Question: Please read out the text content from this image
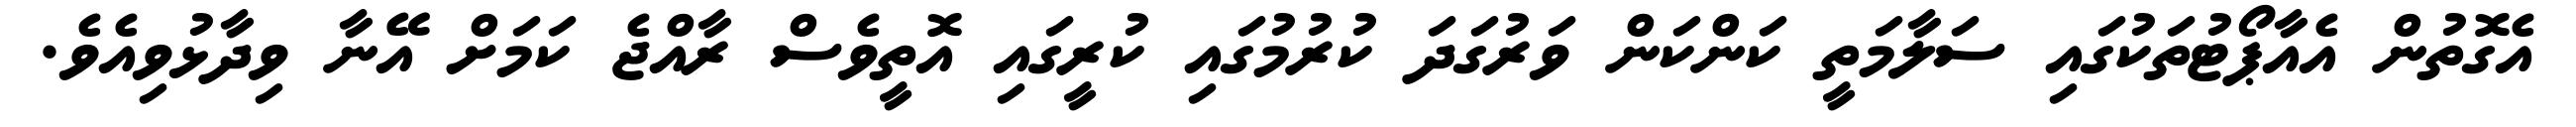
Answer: އެގޮތުން އެއާޕޯޓުތަކުގައި ސަލާމަތީ ކަންކަން ވަރުގަދަ ކުރުމުގައި ކުރީގައި އޮތީވެސް ރާއްޖެ ކަމަށް އޭނާ ވިދާޅުވިއެވެ.